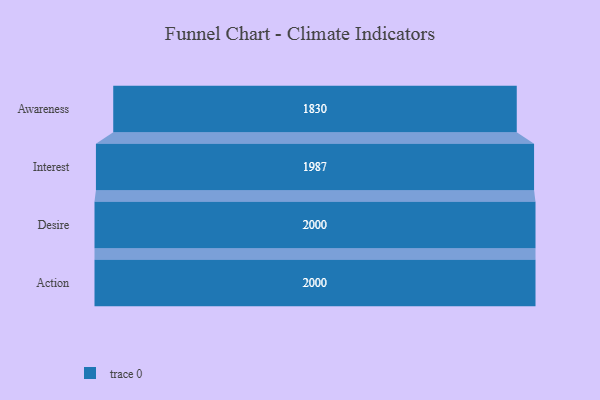
{"axis": {"x": "Stage", "y": "Value"}, "legend": [""], "data": [{"x": "Awareness", "y": 1830.0, "type": ""}, {"x": "Interest", "y": 1987.0, "type": ""}, {"x": "Desire", "y": 2000, "type": ""}, {"x": "Action", "y": 2000, "type": ""}]}